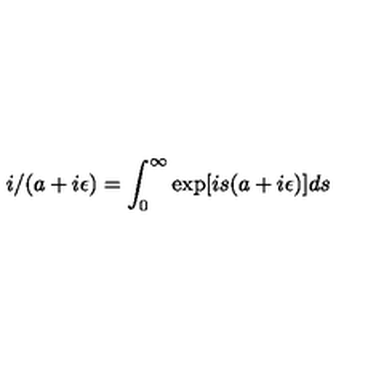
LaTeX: i / ( a + i \epsilon ) = \int _ { 0 } ^ { \infty } \exp [ i s ( a + i \epsilon ) ] d s